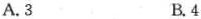
A.3 B.4